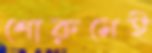
শোরুমেই